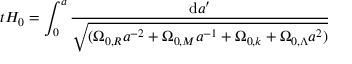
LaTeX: t H _ { 0 } = \int _ { 0 } ^ { a } { \frac { \mathrm { d } a ^ { \prime } } { \sqrt { ( \Omega _ { 0 , R } a ^ { - 2 } + \Omega _ { 0 , M } a ^ { - 1 } + \Omega _ { 0 , k } + \Omega _ { 0 , \Lambda } a ^ { 2 } ) } } }